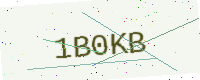
Text: 1B0KB